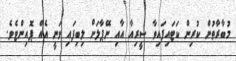
މުބާރާތުން ކުރިން ކަޓައިފައިވާ ސީރިއާ އާއި ނޭޕާލަށް ލިބިފައި ވަނީ އެއް ޕޮއިންޓެވެ.